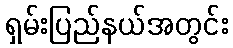
ရှမ်းပြည်နယ်အတွင်း